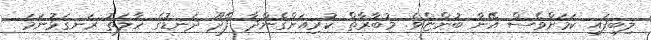
ލިބިފައި ކަމަށްވެސް އޭނާ ބުންޏެވެ. މުބާރާތް ކުރިއަށްގެންދާ ފޭދޫ ދަނޑުގެ ހާލަތު ރަނގަޅުނަމަ